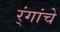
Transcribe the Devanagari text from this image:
र्ंगांचे